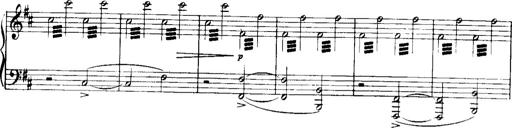
Title: Historische ungarische Bildnisse
Composer: Franz Liszt